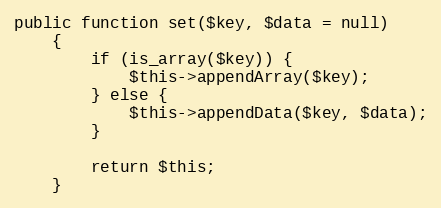
Language: PHP
public function set($key, $data = null)
    {
        if (is_array($key)) {
            $this->appendArray($key);
        } else {
            $this->appendData($key, $data);
        }

        return $this;
    }